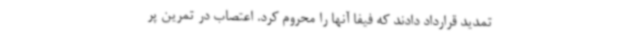
تمدید قرارداد دادند که فیفا آنها را محروم کرد. اعتصاب در تمرین پر